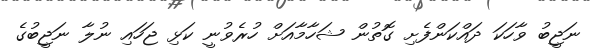
ނަޖީބު ވާހަކަ ދައްކަންފެށި ގޮތުން ޝަހާމާއަށް ހުރެވުނީ ކަޅި ޖަހައި ނުލާ ނަޖީބުގެ